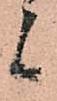
候